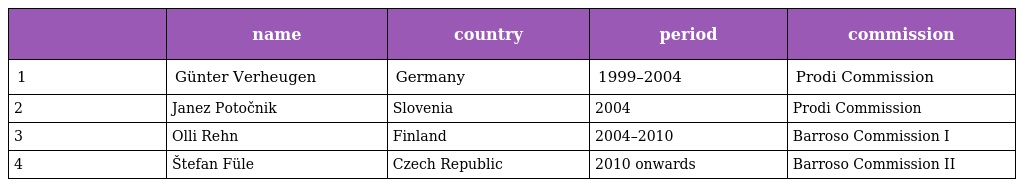
|  | name | country | period | commission |
 | --- | --- | --- | --- | --- |
 | 1 | Günter Verheugen | Germany | 1999–2004 | Prodi Commission |
 | 2 | Janez Potočnik | Slovenia | 2004 | Prodi Commission |
 | 3 | Olli Rehn | Finland | 2004–2010 | Barroso Commission I |
 | 4 | Štefan Füle | Czech Republic | 2010 onwards | Barroso Commission II |